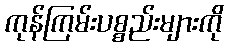
ကုန်ကြမ်းပစ္စည်းများကို